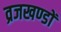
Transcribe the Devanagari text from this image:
व्रजखण्डों